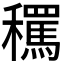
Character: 𱶬